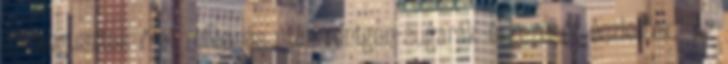
Az augusztus 7-ei robbanás után röntgen-sugarak érkezését észlelték." Az